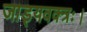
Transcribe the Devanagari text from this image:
जाड्यवक्त्रः।